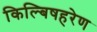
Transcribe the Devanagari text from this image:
किल्बिषहरेण